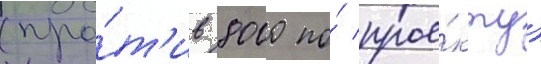
(про́т'ив 8000 по́ прое́кту)